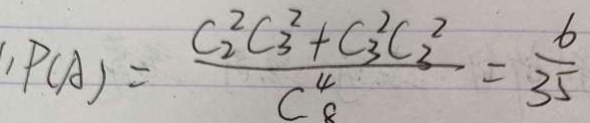
: P ( A ) = \frac { C _ { 2 } ^ { 2 } C _ { 3 } ^ { 2 } + C _ { 3 } ^ { 2 } C _ { 3 } ^ { 2 } } { C _ { 8 } ^ { 4 } } = \frac { 6 } { 3 5 }